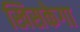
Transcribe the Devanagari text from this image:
खिसकेगा